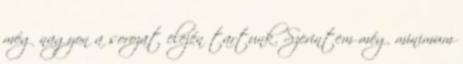
még nagyon a sorozat elején tartunk. Szerintem még minimum